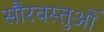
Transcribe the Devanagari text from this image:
सौरवस्तुओं